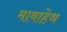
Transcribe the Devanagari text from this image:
माबाहेथ